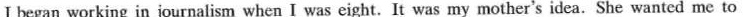
I began working in journalism when I was eight. It was my mother's idea.She wanted me to